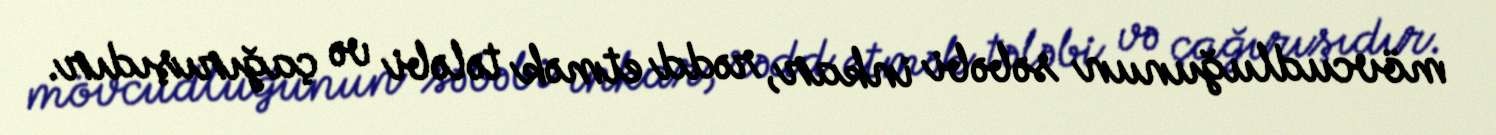
mövcudluğunun səbəbi inkar, rədd etmək tələbi və çağırışıdır.